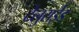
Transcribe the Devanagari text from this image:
टेलुराईड